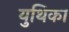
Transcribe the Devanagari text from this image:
युथिका